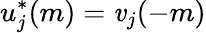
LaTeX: u_{j}^{*}(m)=\mathit{v}_{j}(-m)